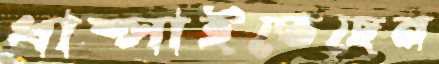
ধাম্‌সাইতেছেন